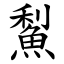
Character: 䱘